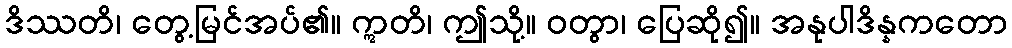
ဒိဿတိ၊ တွေ့မြင်အပ်၏။ ဣတိ၊ ဤသို့။ ဝတွာ၊ ပြေဆို၍။ အနုပါဒိန္နကတော